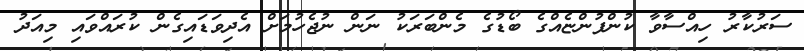
ސަރުކާރު ހިއްސާވާ ކުންފުންޏެއްގެ ބޯޑުގެ މެންބަރަކު ނަން ނުޖެހުމަށް އެދިވަޑައިގެން ކުރައްވައި މިއަދު